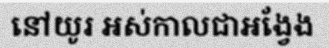
នៅយូរ អស់កាលជាអង្វែង